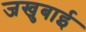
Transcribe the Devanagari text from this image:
जखुबाई